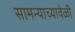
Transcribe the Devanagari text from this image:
सामन्याच्यावेळी